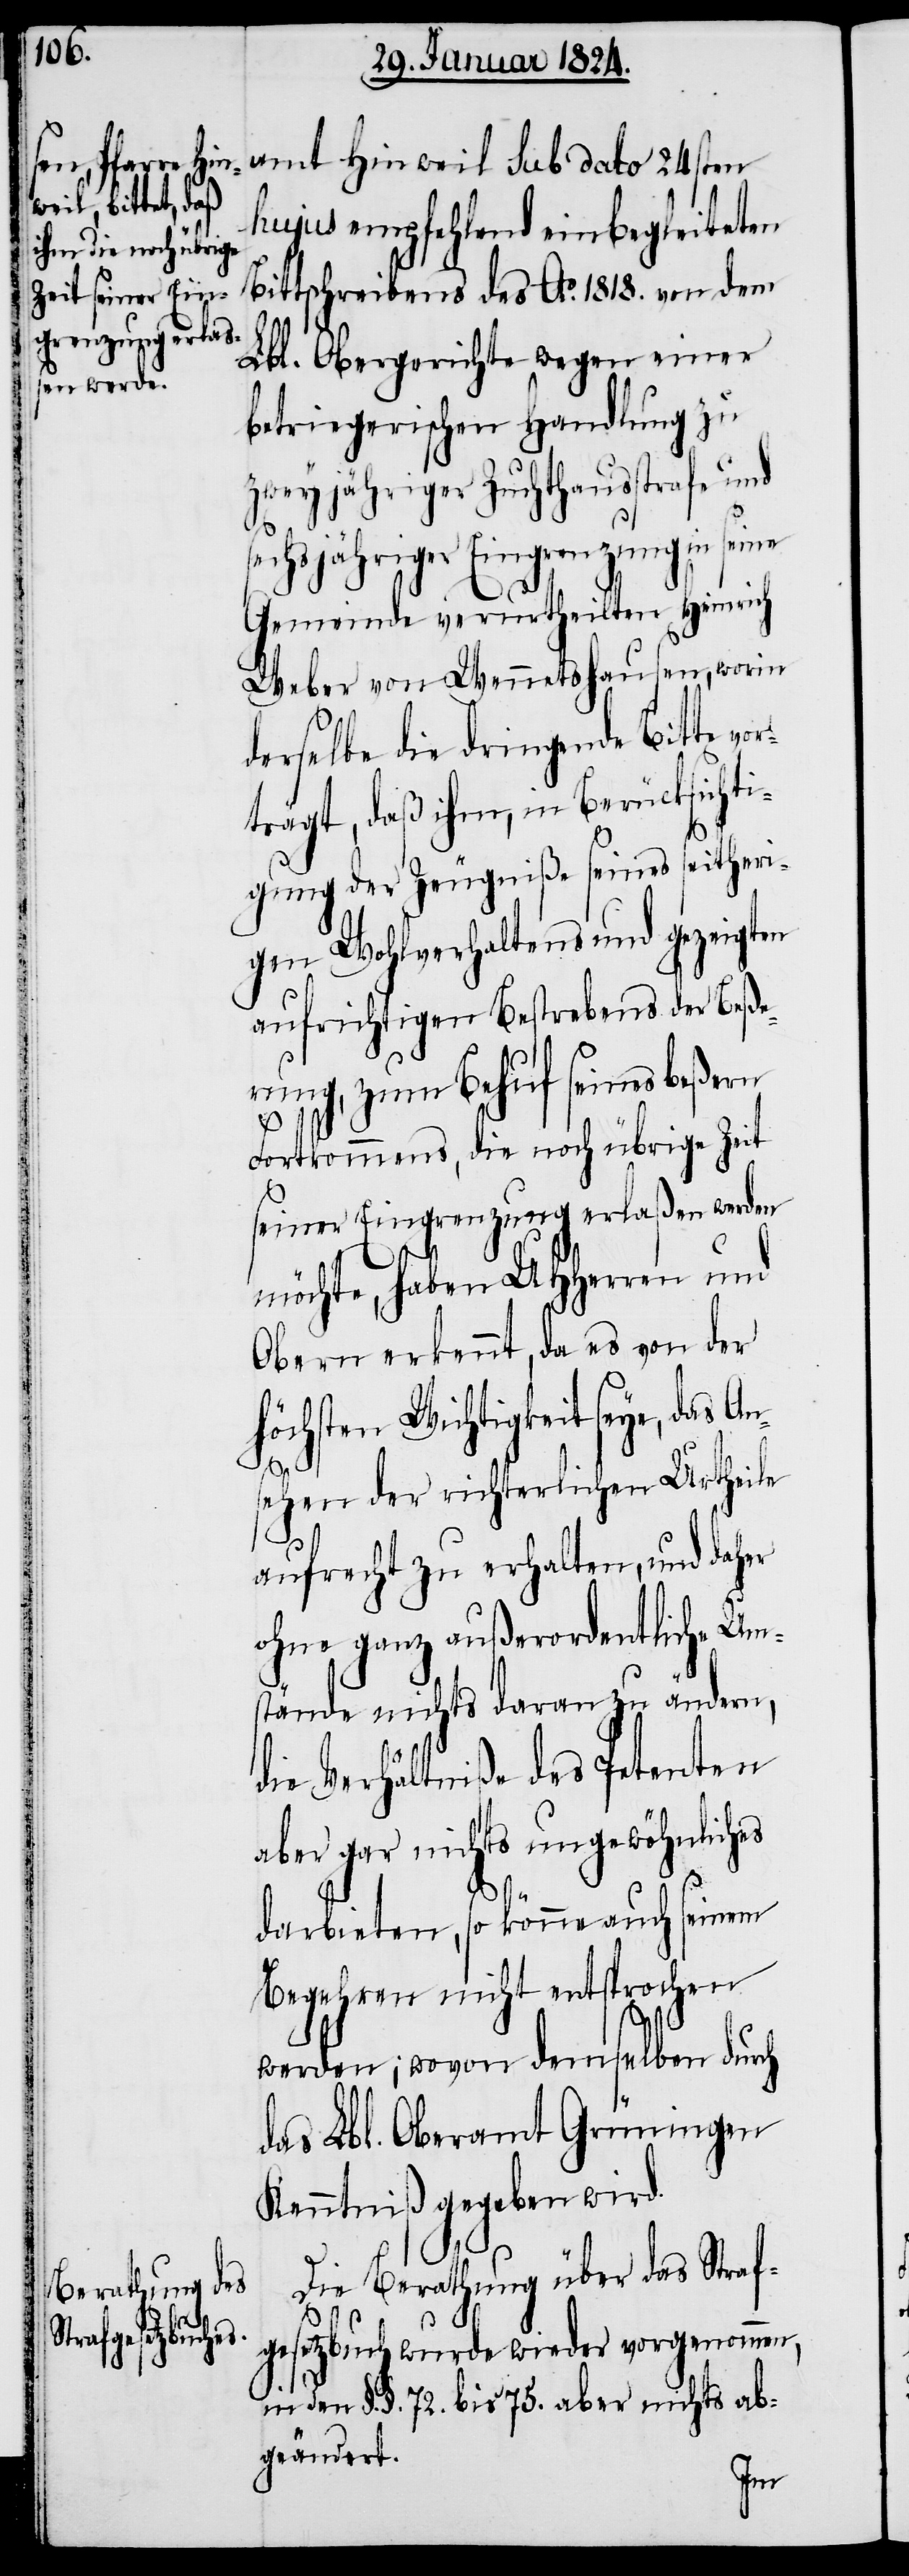
ch

amt Hinweil sub dato 24sten
hujus empfehlend einbegleiteten
Bittschreibens des Ao. 1818. von dem
Lbl. Obergerichte wegen einer
betriegerischen Handlung zu
zweyjähriger Zuchthausstrafe und
sechsjähriger Eingrenzung in seine
Gemeinde verurtheilten Heinrich
Weber von Wennetshausen, worin
derselbe die dringende Bitte vo¬
rträgt, daß ihm, in Berücksichti¬
gung der Zeugniße seines seitheri¬
gen Wohlverhaltens und gezeigten
aufrichtigen Bestrebens der Beße¬
rung, zum Behuf seines beßten
Fortkommens, die noch übrige Zeit
seiner Eingrenzung erlaßen werden
möchte, haben UHHerren und
Obern erkennt, da es von der
höchsten Wichtigkeit seye, das An¬
sehen der richterlichen Urtheile
aufrecht zu erhalten, und daher
ohne ganz außerordentliche Um¬
stände nichts daran zu ändern,
die Verhältniße des Petenten
aber gar nichts ungewöhnliches
darbieten, so könne auch seinem
Begehren nicht entsprochen
werden; wovon demselben dur¬
das Lbl. Oberamt Grüningen
Kenntniß gegeben wird.
Die Berathung über das Straf¬
gesetzbuch wurde wieder vorgenommen,
in den §. §. 72. bis 75. aber nichts ab¬
geändert.